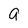
Character: a